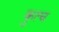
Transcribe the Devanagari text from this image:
कुत्च